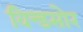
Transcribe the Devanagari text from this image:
विन्डसोर